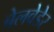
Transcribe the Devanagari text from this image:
बेलवेडेर